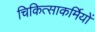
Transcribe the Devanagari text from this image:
चिकित्साकर्मियों